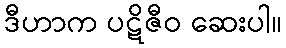
ဒီဟာက ပဋိဇီဝ ဆေးပါ။